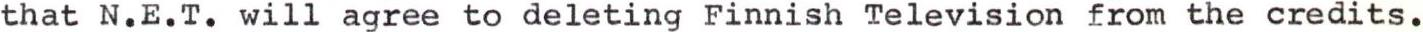
that N.E.T. will agree to deleting Finnish Television from the credits.